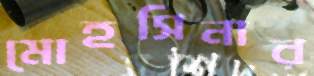
মোহসিনার